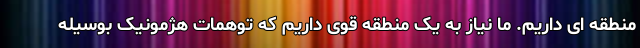
منطقه ای داریم. ما نیاز به یک منطقه قوی داریم که توهمات هژمونیک بوسیله